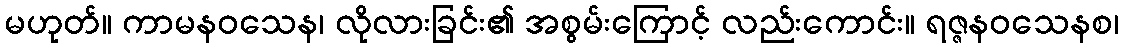
မဟုတ်။ ကာမနဝသေန၊ လိုလားခြင်း၏ အစွမ်းကြောင့် လည်းကောင်း။ ရဇ္ဇနဝသေနစ၊